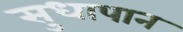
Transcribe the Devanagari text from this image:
सुधापान